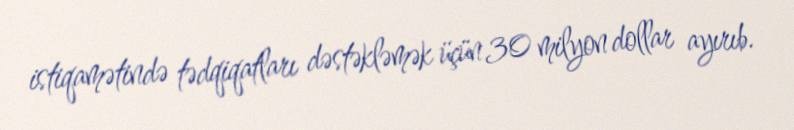
istiqamətində tədqiqatları dəstəkləmək üçün 30 milyon dollar ayırıb.